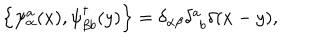
\left\{ \psi _ { \alpha } ^ { a } ( x ) , \psi _ { \beta b } ^ { \dagger } ( y ) \right\} = \delta _ { \alpha \beta } \delta _ { \phantom { a } b } ^ { a } \delta ( x - y ) ,